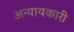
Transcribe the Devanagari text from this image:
अन्यायकारी